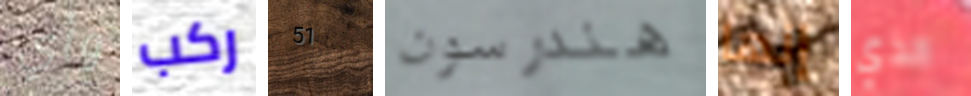
وأي ركب 51 هندرسون إنها الذي